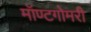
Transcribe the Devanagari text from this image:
मॉण्टगोमरी